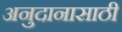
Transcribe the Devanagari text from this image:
अनुदानासाठी